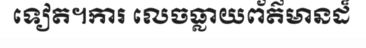
ទៀត។ការ លេចធ្លាយព័ត៌មានដ៏